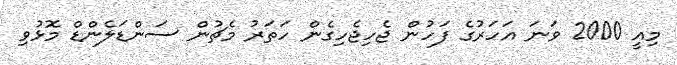
މިއީ 2000 ވަނަ އަހަރުގެ ފަހުން ޖެހިޖެހިގެން ހަތަރު މެޗުން ސަންޑަލެންޑް މޮޅުވި